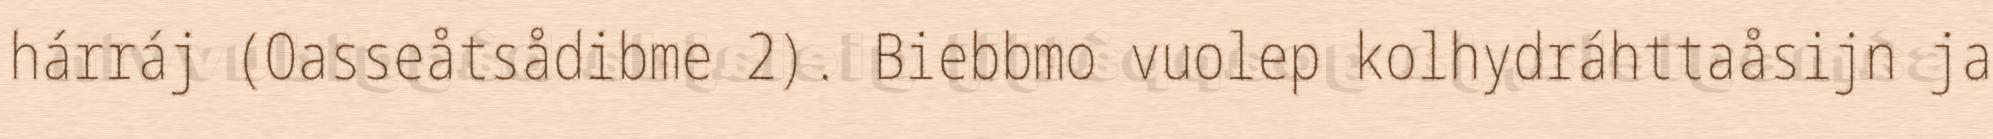
hárráj (Oasseåtsådibme 2). Biebbmo vuolep kolhydráhttaåsijn ja